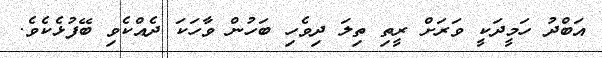
އަބްދު ހަމީދަކީ ވަރަށް ރީތި ތިލަ ދިވެހި ބަހުން ވާހަކަ ދެއްކެވި ބޭފުޅެކެވެ.